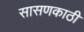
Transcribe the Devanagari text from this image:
सासणकाठी